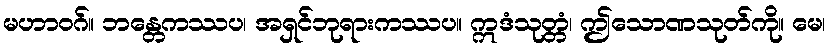
မဟာဝဂ်။ ဘန္တေကဿပ၊ အရှင်ဘုရားကဿပ။ ဣဒံသုတ္တံ၊ ဤသောဏသုတ်ကို။ မေ၊